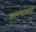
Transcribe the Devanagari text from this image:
सरपंचांचाला